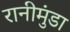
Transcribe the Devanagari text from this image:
रानीमुंडा